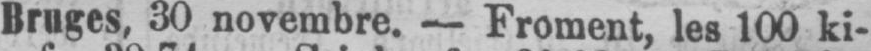
Bruges, 30 novembre. - Froment, les 100 ki-